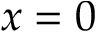
x = 0